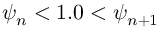
\psi _ { n } < 1 . 0 < \psi _ { n + 1 }